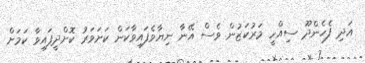
އަދި ފެހެންދޫ ސިއްހީ މަރުކަޒުން ވެސް އޭނާ ނިޔާވެފައިވާކަން ކަށަވަރު ކޮށްދީފައިވާ ކަމަށް